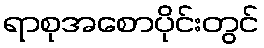
ရာစုအစောပိုင်းတွင်